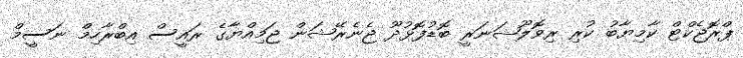
ޕްރޮޖެކްޓް ކާމިޔާބު ކުރި ރިވޮލޫޝަނަރީ ބޮޑުފޮޅުދޫ ޖެނެރޭޝަން ޖަމިއްޔާގެ ރައީސް އިބްރާހިމް ނަސީމް